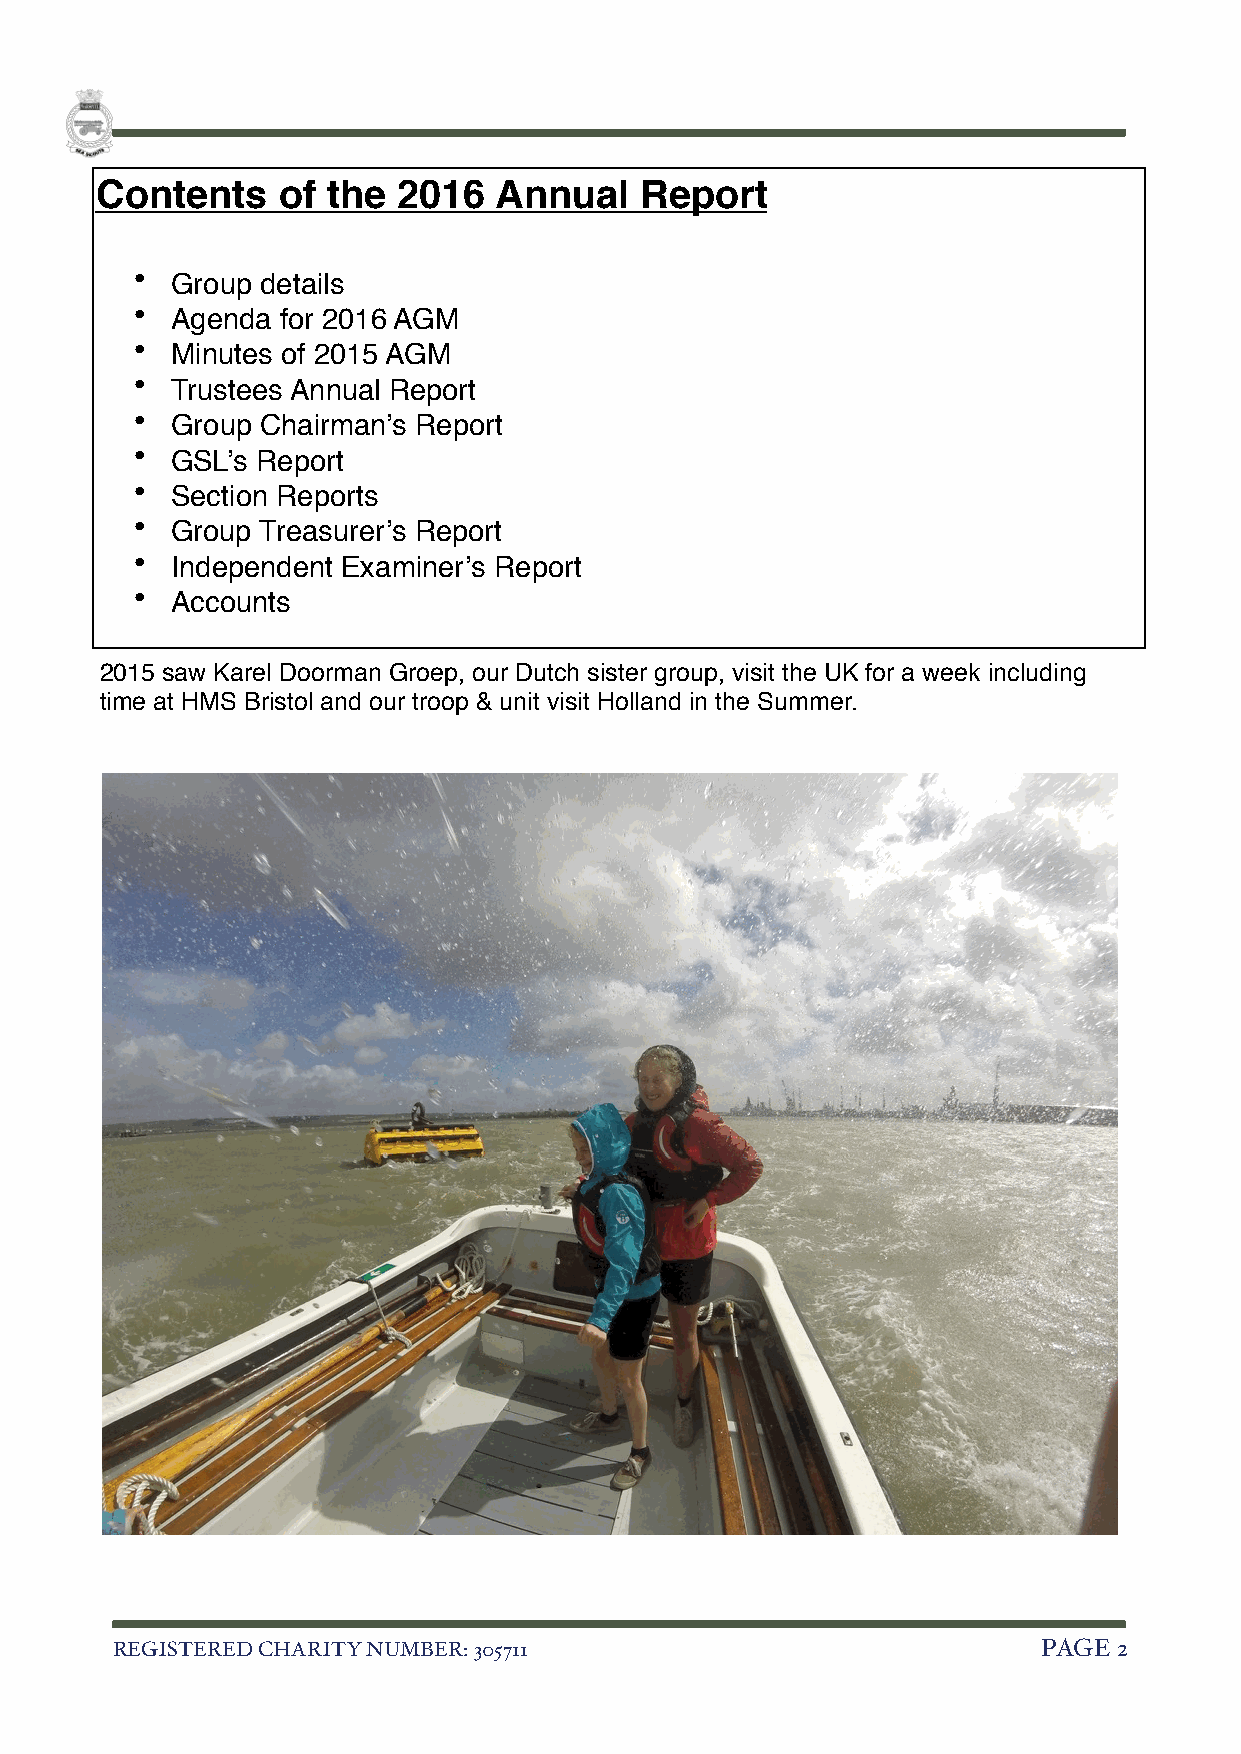
Contents    of  the 2016   Annual   Report
 • Group details
 • Agenda  for 2016 AGM
 • Minutes of 2015 AGM
 • Trustees Annual Report
 • Group Chairman’s Report
 • GSL’s Report
 • Section Reports
 • Group Treasurer’s Report
 • Independent Examiner’s Report
 • Accounts
 2015 saw Karel Doorman Groep, our Dutch sister group, visit the UK for a week including
 time at HMS Bristol and our troop & unit visit Holland in the Summer.
 REGISTERED CHARITY NUMBER: 305711                             PAGE 2